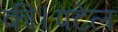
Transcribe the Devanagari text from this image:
की।पटेल